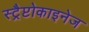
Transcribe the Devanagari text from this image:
स्ट्रैप्टोकाइनेज